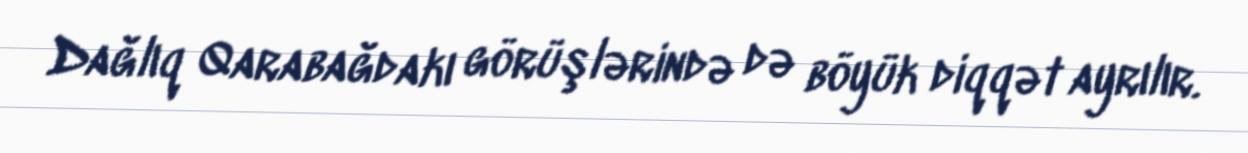
Dağlıq Qarabağdakı görüşlərində də böyük diqqət ayrılır.